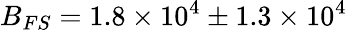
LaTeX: B_{FS}=1.8\times 10^{4}\pm 1.3\times 10^{4}